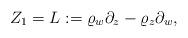
LaTeX: \begin{align*}Z_1 = L : = \varrho _{w} \partial_z - \varrho _z \partial_w,\end{align*}